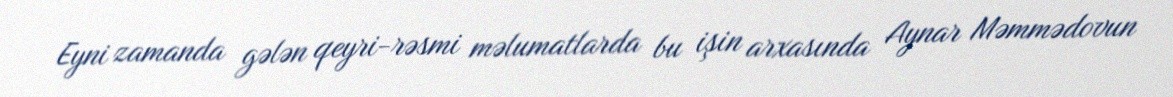
Eyni zamanda gələn qeyri-rəsmi məlumatlarda bu işin arxasında Aynar Məmmədovun